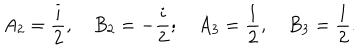
LaTeX: A _ { 2 } = \frac { i } { 2 } , \quad B _ { 2 } = - \frac { i } { 2 } ; \quad A _ { 3 } = \frac { 1 } { 2 } , \quad B _ { 3 } = \frac { 1 } { 2 } .